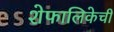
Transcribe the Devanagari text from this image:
शेफालिकेची